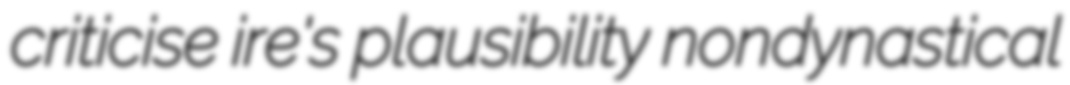
criticise ire's plausibility nondynastical